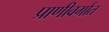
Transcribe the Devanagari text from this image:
प्राणीवर्गात